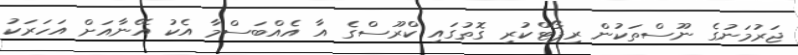
ޖަރުމަނުގެ ނޫސްތަކުން ރިޕޯޓްކުރި ގޮތުގައި ކްރޫސްގެ އާ އެއްބަސްމާ އެކު އޭނާއަށް އަހަރަކު